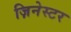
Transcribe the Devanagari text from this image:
ज़िनेस्टर